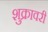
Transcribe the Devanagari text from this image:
शुक्रावरी